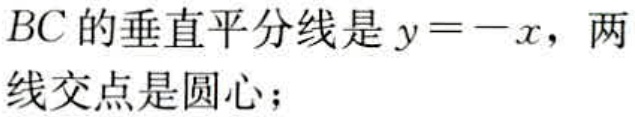
$BC$的垂直平分线是$y = -x$，两
线交点是圆心；